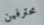
محترفين